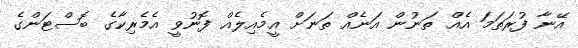
އޭނާ ފުރަތަމަ އެއް ތަނުން އަނެއް ތަނަށް އީމެއިލެއް ފޮނުވީ އެމެރިކާގެ ބޮސްޓަންގެ